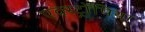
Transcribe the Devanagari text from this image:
एक्स्ट्रोपिया